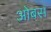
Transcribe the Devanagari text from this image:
ओबस